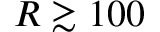
R \gtrsim 1 0 0